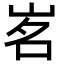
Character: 𡷂